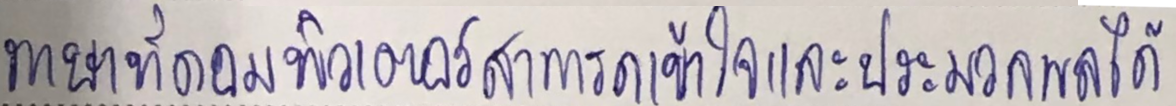
ภาษาที่คอมพิวเตอร์เข้าใจและประมวลผลได้